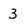
Character: 3